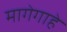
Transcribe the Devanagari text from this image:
मागेगाहे